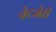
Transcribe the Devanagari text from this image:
नेटजेरो